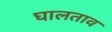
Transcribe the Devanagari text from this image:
घालताव